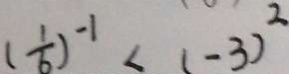
( \frac { 1 } { 6 } ) ^ { - 1 } < ( - 3 ) ^ { 2 }